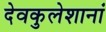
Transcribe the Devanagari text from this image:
देवकुलेशानां